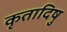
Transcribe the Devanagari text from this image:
कृतादिषु